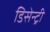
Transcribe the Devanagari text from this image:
डिसेन्ट्री